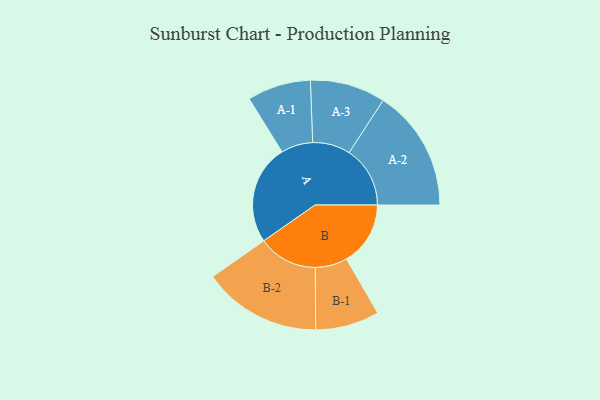
{"axis": {"x": "Segment", "y": "Value"}, "legend": ["", "A", "B"], "data": [{"x": "A", "y": 458, "type": ""}, {"x": "B", "y": 294, "type": ""}, {"x": "A-1", "y": 146, "type": "A"}, {"x": "A-2", "y": 280, "type": "A"}, {"x": "A-3", "y": 173, "type": "A"}, {"x": "B-1", "y": 147, "type": "B"}, {"x": "B-2", "y": 272, "type": "B"}]}